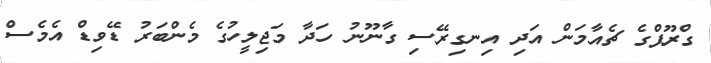
ގްރޫޕްގެ ޗެއާމަން އަދި އިނގިރޭސި ގާނޫނު ހަދާ މަޖިލީހުގެ މެންބަރު ޑޭވިޑް އެމެސް